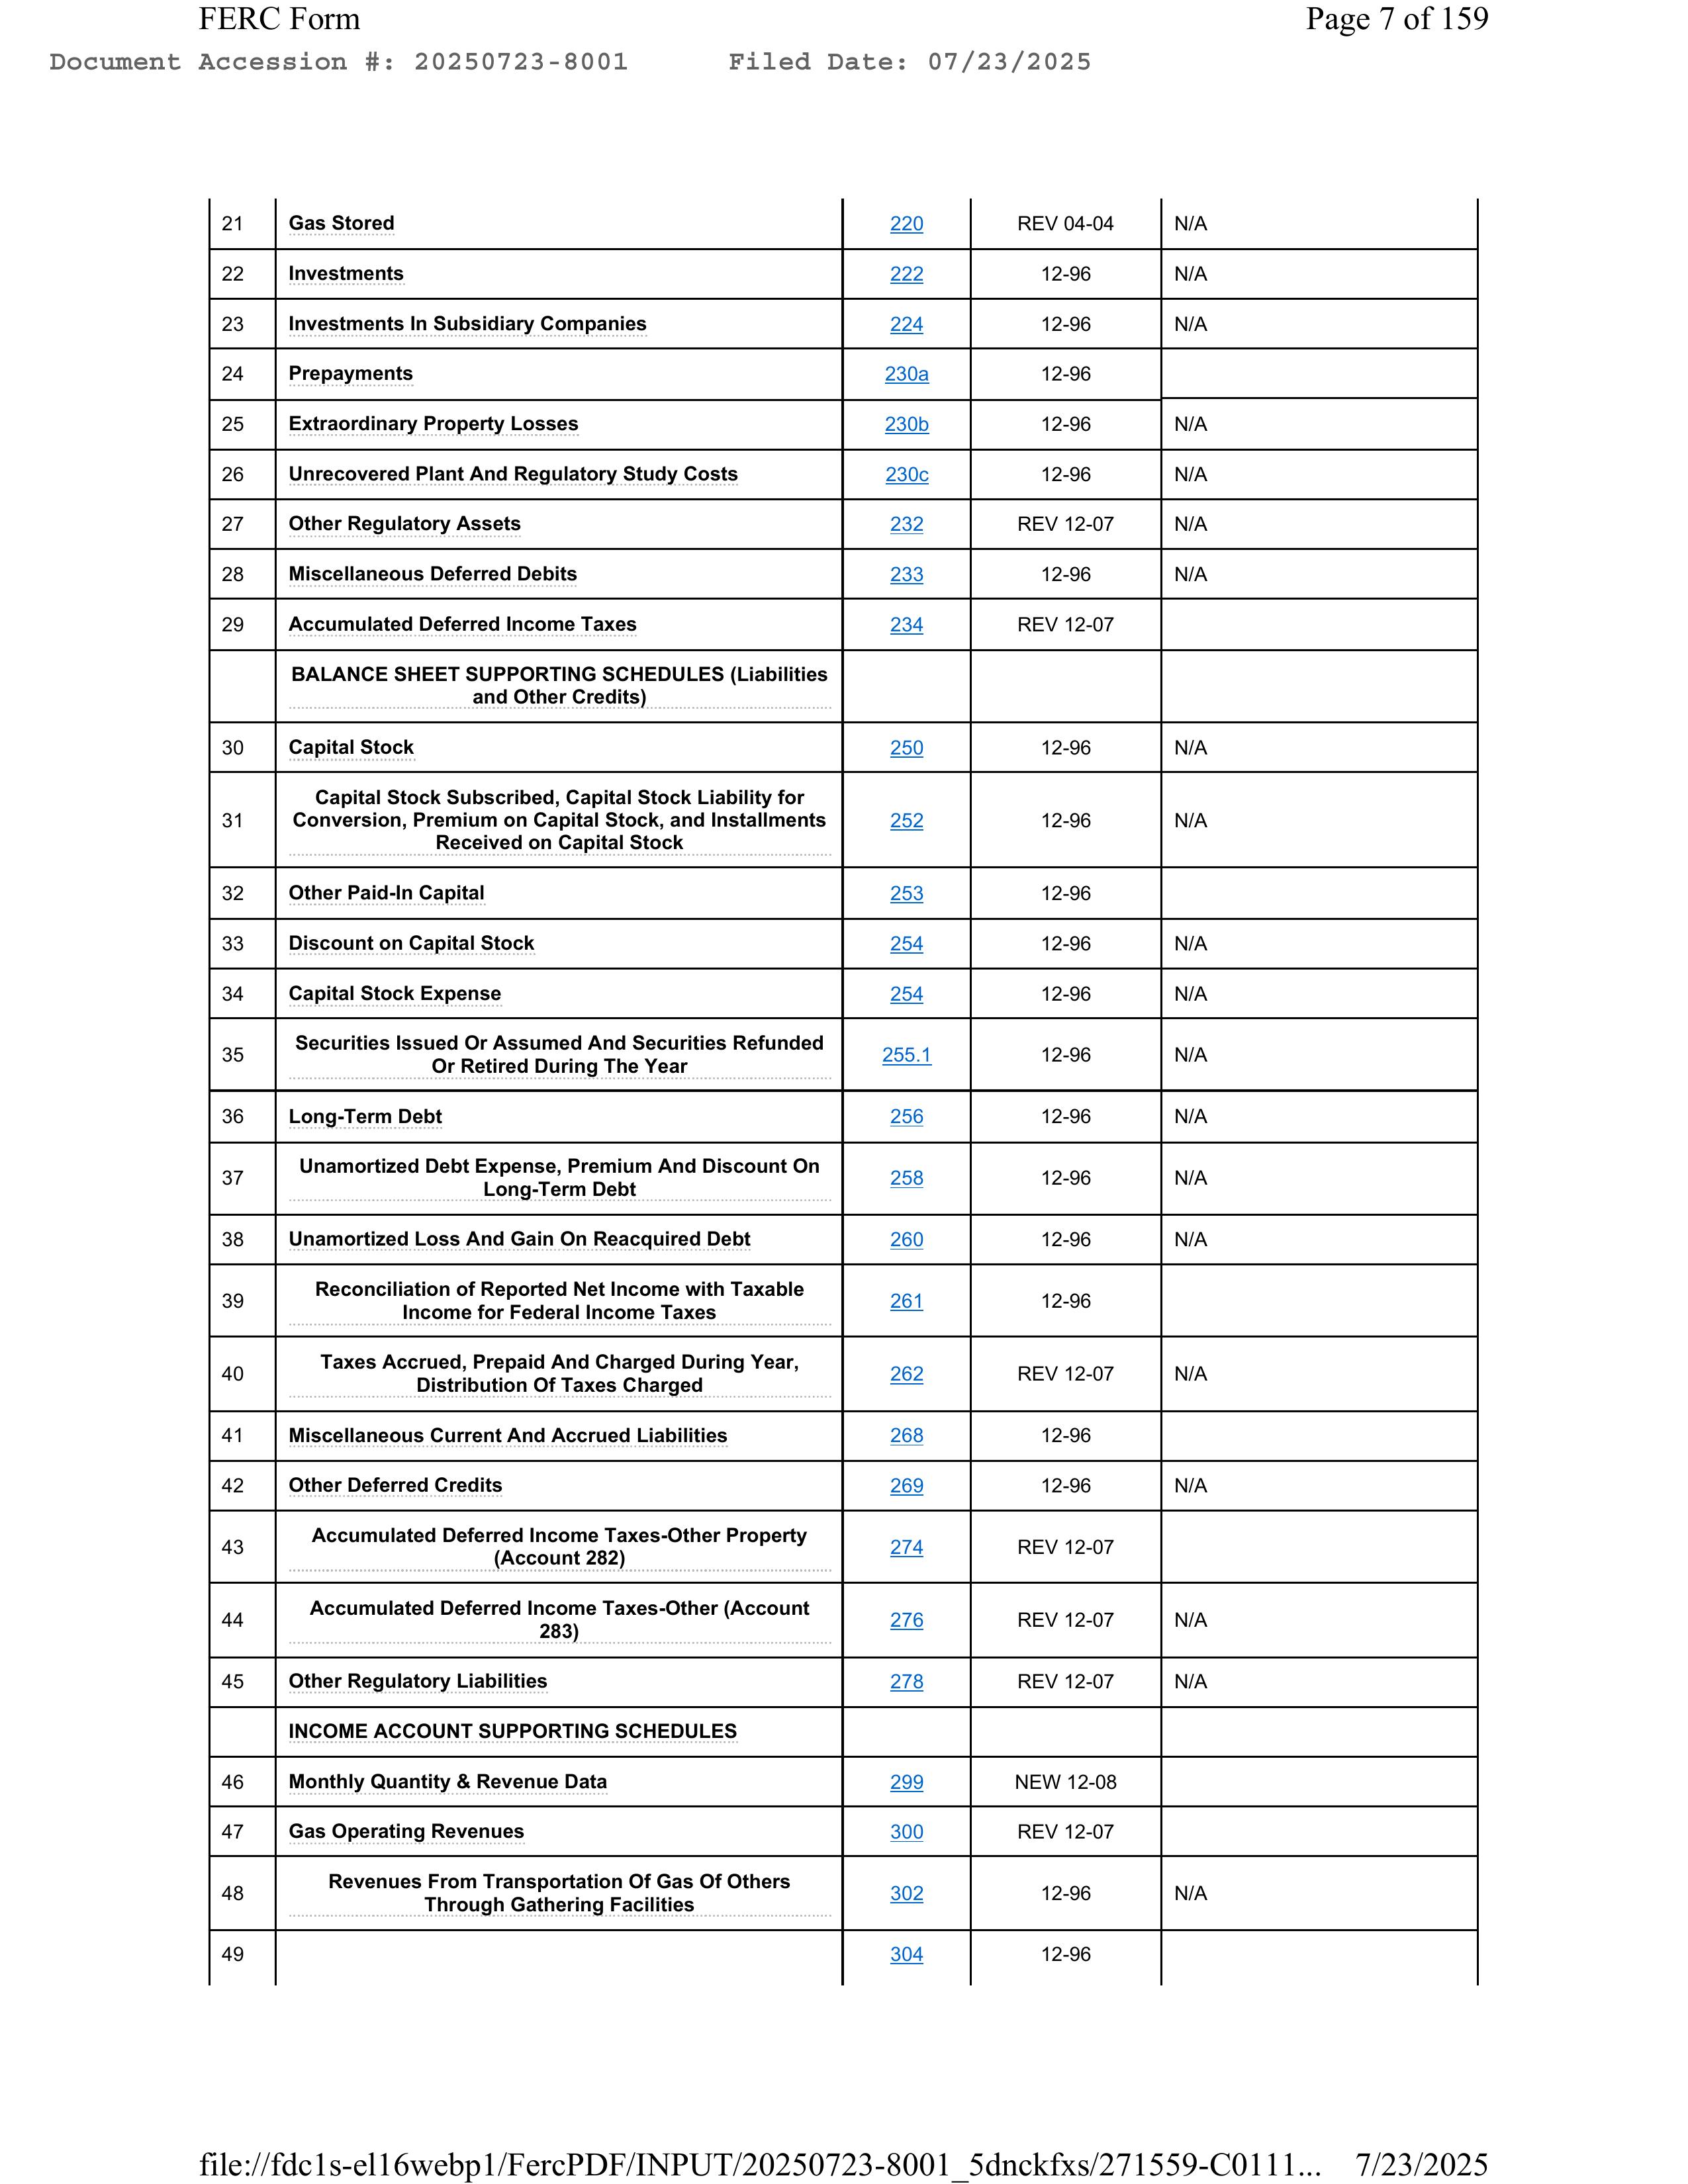
FERC Form                                                                          Page 7 of 159
Document Accession #: 20250723-8001       Filed Date: 07/23/2025

21     Gas Stored                                                220                REV 04-04          N/A
22     Investments                                               222                12-96              N/A
23     Investments In Subsidiary Companies                       224                12-96              N/A
24     Prepayments                                               230a               12-96
25     Extraordinary Property Losses                             230b               12-96              N/A
26     Unrecovered Plant And Regulatory Study Costs              230c               12-96
27     Other Regulatory Assets                                   232                REV 12-07          N/A
28     Miscellaneous Deferred Debits                             233                12-96              N/A
29     Accumulated Deferred Income Taxes                         234                REV 12-07

       BALANCE SHEET SUPPORTING SCHEDULES (Liabilities
       and Other Credits)

30     Capital Stock                                             250                12-96              N/A
31     Capital Stock Subscribed, Capital Stock Liability for
       Conversion, Premium on Capital Stock, and Installments     252                12-96              N/A
       Received on Capital Stock
32     Other Paid-In Capital                                     253                12-96
33     Discount on Capital Stock                                 254                12-96              N/A
34     Capital Stock Expense                                     254                12-96              N/A
35     Securities Issued Or Assumed And Securities Refunded
       Or Retired During The Year                                255.1              12-96              N/A
36     Long-Term Debt                                            256                12-96              N/A
37     Unamortized Debt Expense, Premium And Discount On
       Long-Term Debt                                            258                12-96              N/A
38     Unamortized Loss And Gain On Reacquired Debt              260                12-96              N/A
39     Reconciliation of Reported Net Income with Taxable
       Income for Federal Income Taxes                           261                12-96
40     Taxes Accrued, Prepaid And Charged During Year,
       Distribution Of Taxes Charged                             262                REV 12-07
41     Miscellaneous Current And Accrued Liabilities             268                12-96
42     Other Deferred Credits                                    269                12-96              N/A
43     Accumulated Deferred Income Taxes-Other Property
       (Account 282)                                             274                REV 12-07
44     Accumulated Deferred Income Taxes-Other (Account
       283)                                                      276                REV 12-07          N/A
45     Other Regulatory Liabilities                              278                REV 12-07          N/A

       INCOME ACCOUNT SUPPORTING SCHEDULES

46     Monthly Quantity & Revenue Data                           299                NEW 12-08
47     Gas Operating Revenues                                    300                REV 12-07
48     Revenues From Transportation Of Gas Of Others
       Through Gathering Facilities                              302                12-96              N/A
49                                                           304                12-96

file://fdc1s-ell6webp1/FercPDF/INPUT/20250723-8001_5dnckfxs/271559-C0111...   7/23/2025